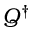
Q ^ { \dagger }